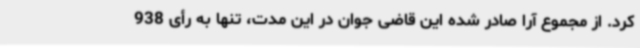
کرد. از مجموع آرا صادر شده این قاضی جوان در این مدت، تنها به رأی 938